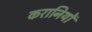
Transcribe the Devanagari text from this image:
करानियों